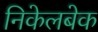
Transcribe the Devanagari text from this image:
निकेलबेक